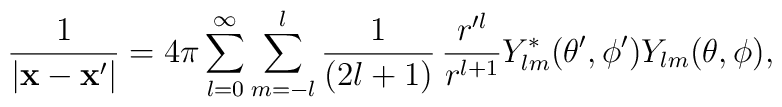
\frac{1}{|{\bf x-x'}|}=4\pi\sum^\infty_{l=0}\sum^l_{m=-l}\frac{1}{(2l+1)}\,\frac{r^{\prime l}}{r^{l+1}}Y^*_{lm}(\theta',\phi')Y_{lm}(\theta,\phi),